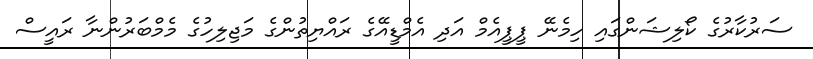
ސަރުކާރުގެ ކޯލިޝަންގައި ހިމެނޭ ޕީޕީއެމް އަދި އެމްޑީއޭގެ ރައްޔިތުންގެ މަޖިލިހުގެ މެމްބަރުންނާ ރައީސް